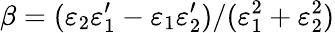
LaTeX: \beta=(\varepsilon_{2}\varepsilon_{1}^{\prime}-\varepsilon_{1}\varepsilon_{2}^{\prime})/(\varepsilon_{1}^{2}+\varepsilon_{2}^{2})